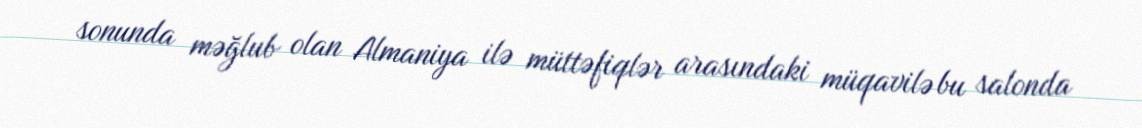
sonunda məğlub olan Almaniya ilə müttəfiqlər arasındaki müqavilə bu salonda